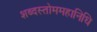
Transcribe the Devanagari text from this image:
शब्दस्तोममहानिधि